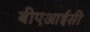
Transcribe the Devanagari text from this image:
बीएआईसी